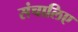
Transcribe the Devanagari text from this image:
संचालिए